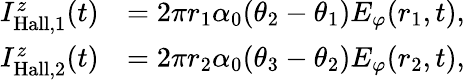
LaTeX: \begin{array}{rl}{I_{\mathrm{Hall},1}^{z}(t)}&{=2\pi r_{1}\alpha_{0}(\theta_{2}-\theta_{1})E_{\varphi}(r_{1},t),}\\ {I_{\mathrm{Hall},2}^{z}(t)}&{=2\pi r_{2}\alpha_{0}(\theta_{3}-\theta_{2})E_{\varphi}(r_{2},t),}\end{array}